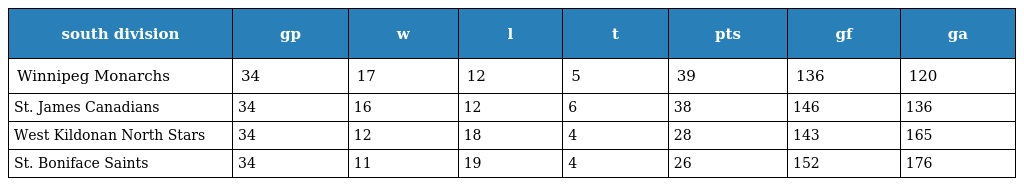
| south division | gp | w | l | t | pts | gf | ga |
 | --- | --- | --- | --- | --- | --- | --- | --- |
 | Winnipeg Monarchs | 34 | 17 | 12 | 5 | 39 | 136 | 120 |
 | St. James Canadians | 34 | 16 | 12 | 6 | 38 | 146 | 136 |
 | West Kildonan North Stars | 34 | 12 | 18 | 4 | 28 | 143 | 165 |
 | St. Boniface Saints | 34 | 11 | 19 | 4 | 26 | 152 | 176 |